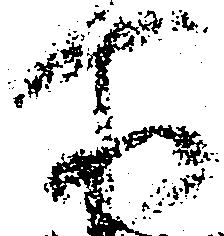
所